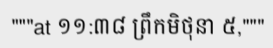
"""at ១១:៣៨ ព្រឹកមិថុនា ៥,"""